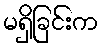
မရှိခြင်းက